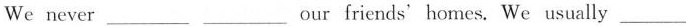
。We never___ ___our friends' homes.We usually___